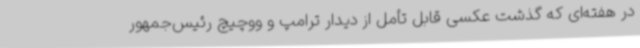
در هفته‌ای که گذشت عکسی قابل تأمل از دیدار ترامپ و ووچیچ رئیس‌جمهور